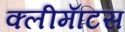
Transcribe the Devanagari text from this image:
क्लीमॅटिस